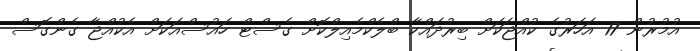
އުމުރުން 17 އަހަރުގެ ކުއްޖަކަށް ބިރުދައްކާ ބްލެކްމެއިލްކޮށް ގެސްޓް ހައުސްއަކަށް އެކުއްޖާ ގެންގޮސް